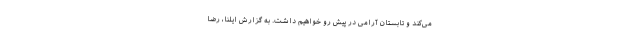
می‌کند و تابستان آرامی در پیش رو خواهیم داشت. به گزارش ایلنا، رضا